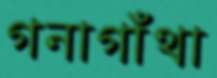
গনাগাঁথা